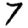
Digit: 7